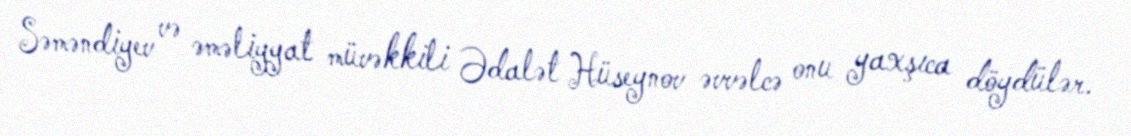
Səməndiyev və əməliyyat müvəkkili Ədalət Hüseynov əvvəlcə onu yaxşıca döydülər.